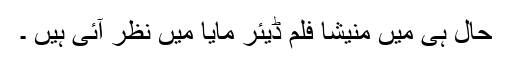
حال ہی میں منیشا فلم ڈیئر مایا میں نظر آئی ہیں ۔